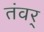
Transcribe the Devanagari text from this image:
तंवर्